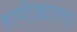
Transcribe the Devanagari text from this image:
शमीकाला